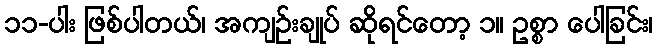
၁၁-ပါး ဖြစ်ပါတယ်၊ အကျဉ်းချုပ် ဆိုရင်တော့ ၁။ ဥစ္စာ ပေါခြင်း၊